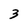
Character: 3